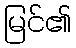
မြင်၏